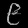
Digit: ၉